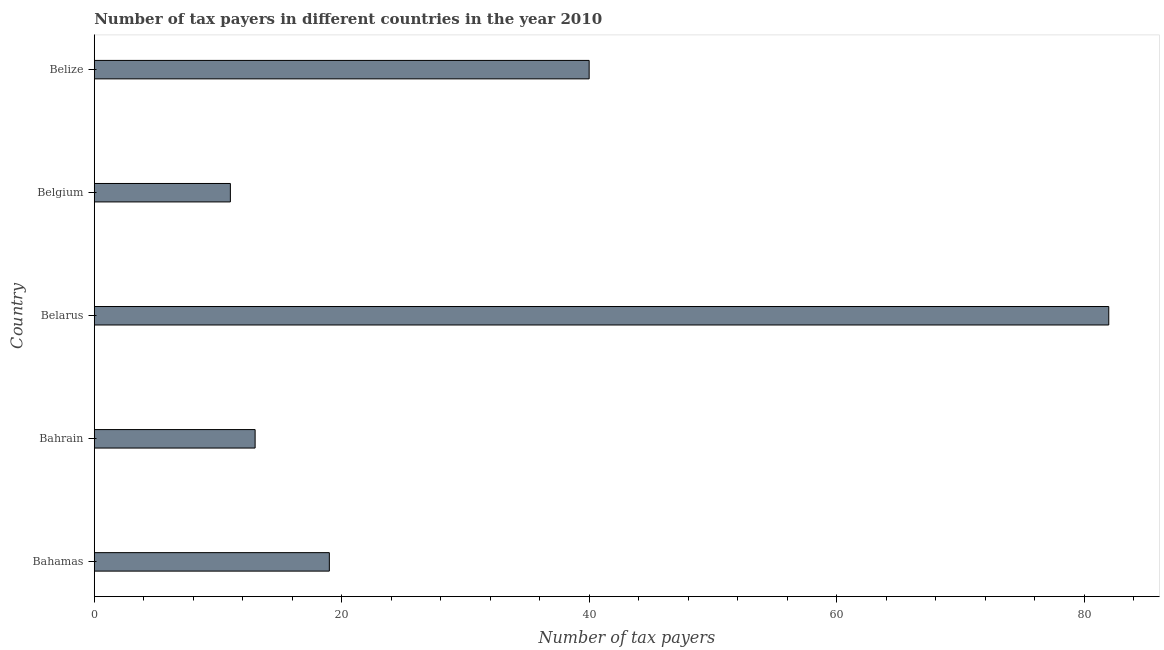
| Country | Tax payments |
 | --- | --- |
 | Bahamas | 19 |
 | Bahrain | 13 |
 | Belarus | 82 |
 | Belgium | 11 |
 | Belize | 40 |